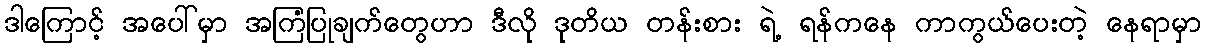
ဒါကြောင့် အပေါ်မှာ အကြံပြုချက်တွေဟာ ဒီလို ဒုတိယ တန်းစား ရဲ့ ရန်ကနေ ကာကွယ်ပေးတဲ့ နေရာမှာ